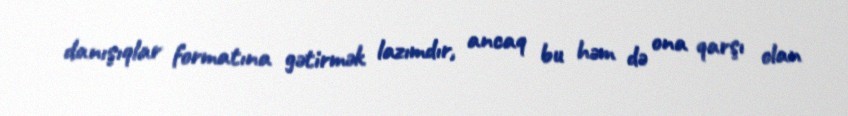
danışıqlar formatına gətirmək lazımdır, ancaq bu həm də ona qarşı olan